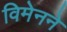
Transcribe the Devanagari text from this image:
विमेनने